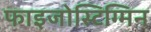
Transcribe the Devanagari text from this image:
फाइजोस्टिग्मिन